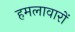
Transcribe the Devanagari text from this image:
हमलावारों